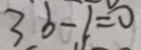
3 b - 1 = 0